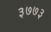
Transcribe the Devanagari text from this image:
३७७३